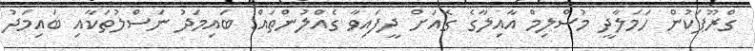
ގްރޫޕަކުން ހަމަލާދީ މުސްލިމް އާއިލާގެ ގެއަށް ދީފައިވާ ގެއްލުންތައް: ބައިމަދު ނަސްލުތަކާއި ބައިމަދު